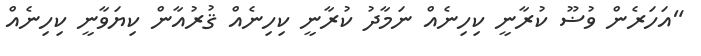
"އަހަރެން ވުޟޫ ކުރާނީ ކިހިނެއް ނަމާދު ކުރާނީ ކިހިނެއް ޤުރުއާން ކިޔަވާނީ ކިހިނެއް